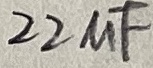
Text: 22uF